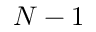
N - 1